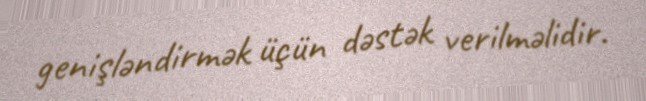
genişləndirmək üçün dəstək verilməlidir.